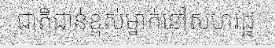
ជាតិជាន់ខ្ពស់ម្នាក់នៅសហរដ្ឋ